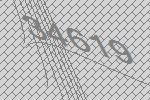
34619